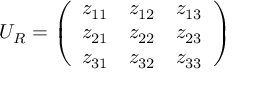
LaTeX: U _ { R } = \left( \begin{array} { c c c } { { z _ { 1 1 } } } & { { z _ { 1 2 } } } & { { z _ { 1 3 } } } \\ { { z _ { 2 1 } } } & { { z _ { 2 2 } } } & { { z _ { 2 3 } } } \\ { { z _ { 3 1 } } } & { { z _ { 3 2 } } } & { { z _ { 3 3 } } } \end{array} \right)